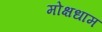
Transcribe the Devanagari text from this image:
मोक्षधाम